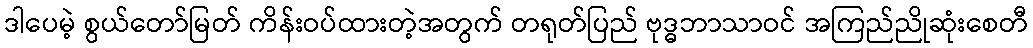
ဒါပေမဲ့ စွယ်တော်မြတ် ကိန်းဝပ်ထားတဲ့အတွက် တရုတ်ပြည် ဗုဒ္ဓဘာသာဝင် အကြည်ညိုဆုံးစေတီ